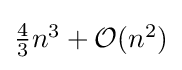
{\textstyle {\tfrac {4}{3}}n^{3}+{\mathcal {O}}(n^{2})}